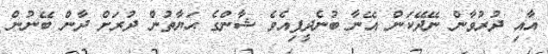
އާއި ދުރުވާން ނޭދޭކަން އޭނާ ބުނެދީފިއެވެ ޝާންގެ ޙަޔާތުން ދުރަށް ދާން ބޭނުން